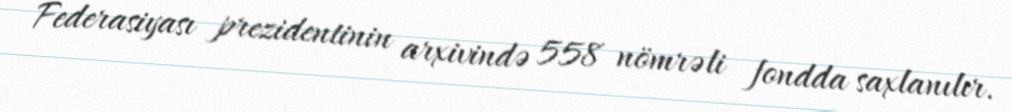
Federasiyası prezidentinin arxivində 558 nömrəli fondda saxlanılır.